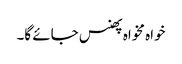
خواہ مخواہ پھنس جائے گا۔